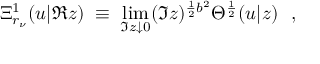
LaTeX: \Xi _ { r _ { \nu } } ^ { 1 } ( u | \Re z ) \; \equiv \; \operatorname * { l i m } _ { \Im z \downarrow 0 } ( \Im z ) ^ { \frac { 1 } { 2 } b ^ { 2 } } \Theta ^ { \frac { 1 } { 2 } } ( u | z ) \ \ ,